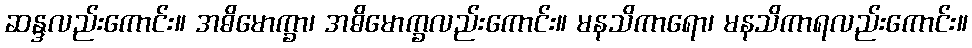
ဆန္ဒလည်းကောင်း။ အဓိမောက္ခာ၊ အဓိမောက္ခလည်းကောင်း။ မနသိကာရော၊ မနသိကာရလည်းကောင်း။